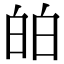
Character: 㿟